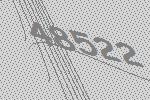
48522